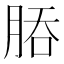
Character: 𬚻